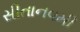
સીતાનવમી